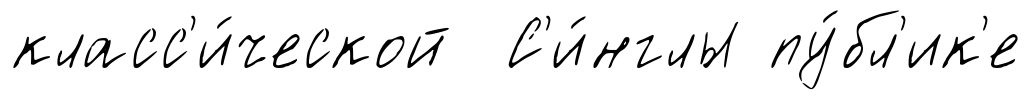
класс'и́ческой С'и́нглы пу́бл'ик'е